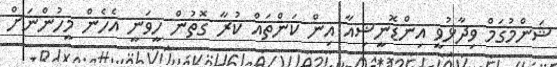
ޝަންމުގަމް ވިދާޅުވީ އިންޑޮނީޝިއާ އިން ކަންތައް ކުރާ ގޮތުން ހީވަނީ އެހެން މީހުންނަށް